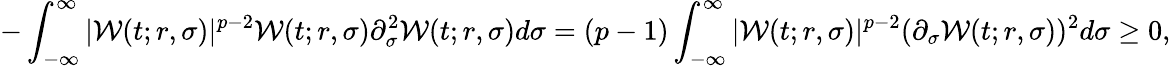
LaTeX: -\int_{-\infty}^{\infty}|\mathcal{W}(t;r,\sigma)|^{p-2}\mathcal{W}(t;r,\sigma)\partial_{\sigma}^{2}\mathcal{W}(t;r,\sigma)d\sigma=(p-1)\int_{-\infty}^{\infty}|\mathcal{W}(t;r,\sigma)|^{p-2}(\partial_{\sigma}\mathcal{W}(t;r,\sigma))^{2}d\sigma\geq 0,